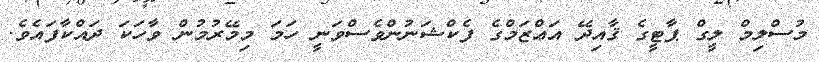
މުސްލިމް ލީގް ޕާޓީގެ ޤާއިދޭ އަޢްޒަމްގެ ފެކްޝަނުންވެސްވަނީ ހަމަ މިމޭރުމުން ވާހަކަ ދައްކާފައެވެ.